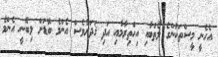
އެހެނީ މީސްތަކުންގެ ލޯތްބާއި އިހްތިރާމާއި އަދި ޤަދަރުވެސް އެންމެ ބޮޑަށް ލިބޭނީ އެންމެ